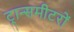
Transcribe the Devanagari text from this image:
ट्रान्समीटरों